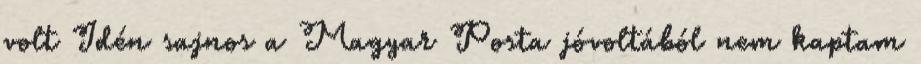
volt Idén sajnos a Magyar Posta jóvoltából nem kaptam